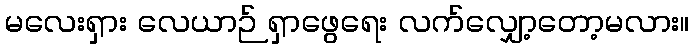
မလေးရှား လေယာဉ် ရှာဖွေရေး လက်လျှော့တော့မလား။